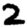
Digit: 2